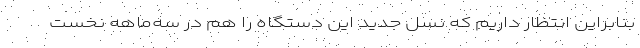
بنابراین انتظار داریم که نسل جدید این دستگاه را هم در سه‌ماهه نخست